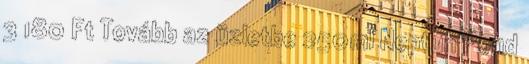
3 180 Ft Tovább az üzletbe 250ml Neptun Pond